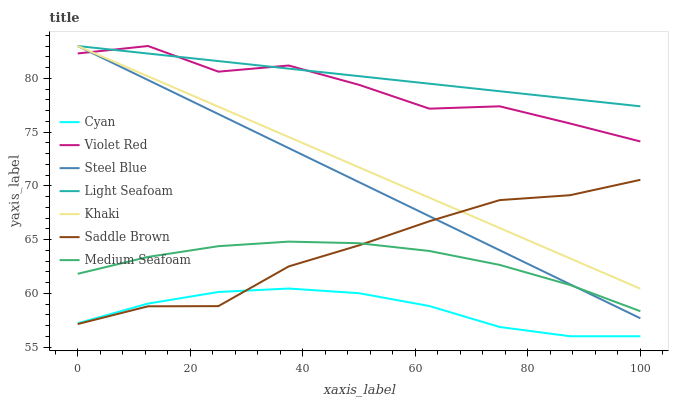
| xaxis_label | Cyan | Violet Red | Steel Blue | Light Seafoam | Khaki | Saddle Brown | Medium Seafoam |
 | --- | --- | --- | --- | --- | --- | --- | --- |
 | 0 | 57.2 | 82.3 | 83 | 83 | 83 | 57.1 | 61.8 |
 | 12.5 | 59 | 83 | 79.8 | 82.3 | 80.2 | 58.8 | 63.4 |
 | 25 | 60.1 | 80.6 | 76.7 | 81.6 | 77.4 | 58.8 | 64.4 |
 | 37.5 | 60.4 | 81.2 | 73.5 | 80.9 | 74.5 | 62.5 | 64.8 |
 | 50 | 60 | 79.4 | 70.3 | 80.2 | 71.7 | 64.5 | 64.7 |
 | 62.5 | 58.8 | 77.2 | 67.2 | 79.5 | 68.9 | 66.7 | 63.9 |
 | 75 | 56.9 | 77.4 | 64 | 78.8 | 66.1 | 68.7 | 62.6 |
 | 87.5 | 56 | 75.8 | 60.8 | 78.1 | 63.2 | 69.1 | 60.8 |
 | 100 | 56 | 74.1 | 57.7 | 77.4 | 60.4 | 70.6 | 58.3 |